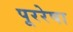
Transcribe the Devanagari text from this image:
पूररेषा